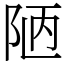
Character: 陋